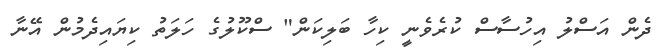
ދެން އަސްލު އިހުސާސް ކުރެވެނީ ކިހާ ބަލިކަން" ސްކޫލުގެ ހަލަތު ކިޔައިދެމުން އޭނާ